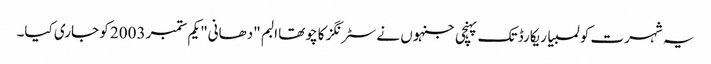
یہ شہرت کولمبیا ریکارڈ تک پہنچی جنہوں نے سٹرنگز کا چوتھا البم "دھانی" یکم ستمبر 2003 کو جاری کیا۔